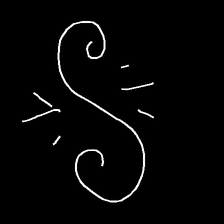
Glyph: wind-directs-air